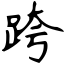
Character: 跨